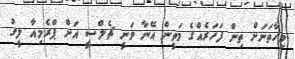
މިހާތަނަށް ތިން ފަހަރެއްގެ މަތީން އޭނާ ވަނީ ޗެލްސީ އަށް ޕްރެމިއާ ލީގު